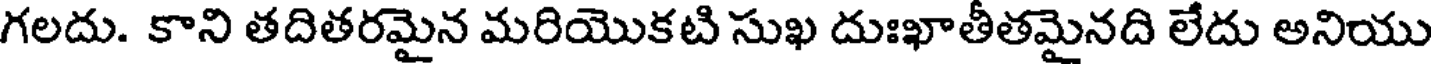
గలదు. కాని తదితరమైన మరియొకటి సుఖ దుఃఖాతీతమైనది లేదు అనియు